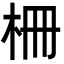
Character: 柵